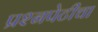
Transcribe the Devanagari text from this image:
प्रश्‍नपेटीचा